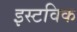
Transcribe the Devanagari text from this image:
इस्टविक